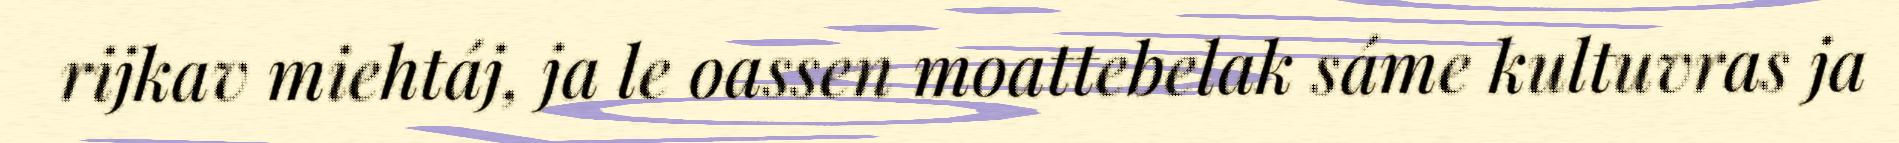
rijkav miehtáj, ja le oassen moattebelak sáme kultuvras ja